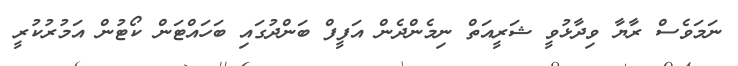
ނަމަވެސް ރާޔާ ވިދާޅުވީ ޝަރީއަތް ނިމެންދެން އަފީފް ބަންދުގައި ބަހައްޓަން ކޯޓުން އަމުރުކުރީ